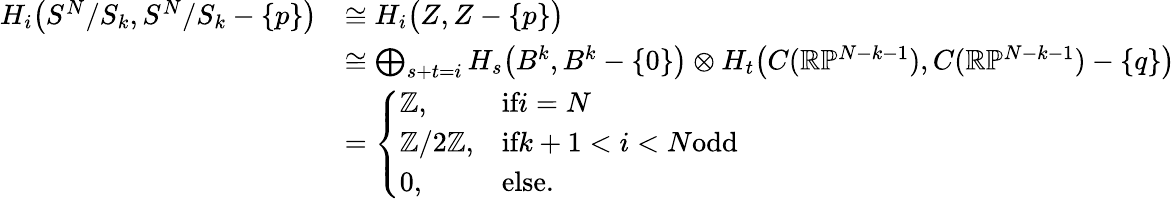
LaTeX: \begin{array}{rl}{H_{i}\big(S^{N}/S_{k},S^{N}/S_{k}-\{ p\} \big)}&{\cong H_{i}\big(Z,Z-\{ p\} \big)}\\ &{\cong\bigoplus_{s+t=i}H_{s}\big(B^{k},B^{k}-\{ 0\} \big)\otimes H_{t}\big(C(\mathbb{R}\mathbb{P}^{N-k-1}),C(\mathbb{R}\mathbb{P}^{N-k-1})-\{ q\} \big)}\\ &{=\left\{ \begin{array}{ll}{\mathbb{Z},}&{\textrm{if}i=N}\\ {\mathbb{Z}/2\mathbb{Z},}&{\textrm{if}k+1<i<N\textrm{odd}}\\ {0,}&{\textrm{else.}}\end{array}\right.}\end{array}